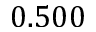
0 . 5 0 0